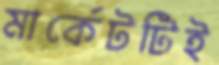
মার্কেটটিই